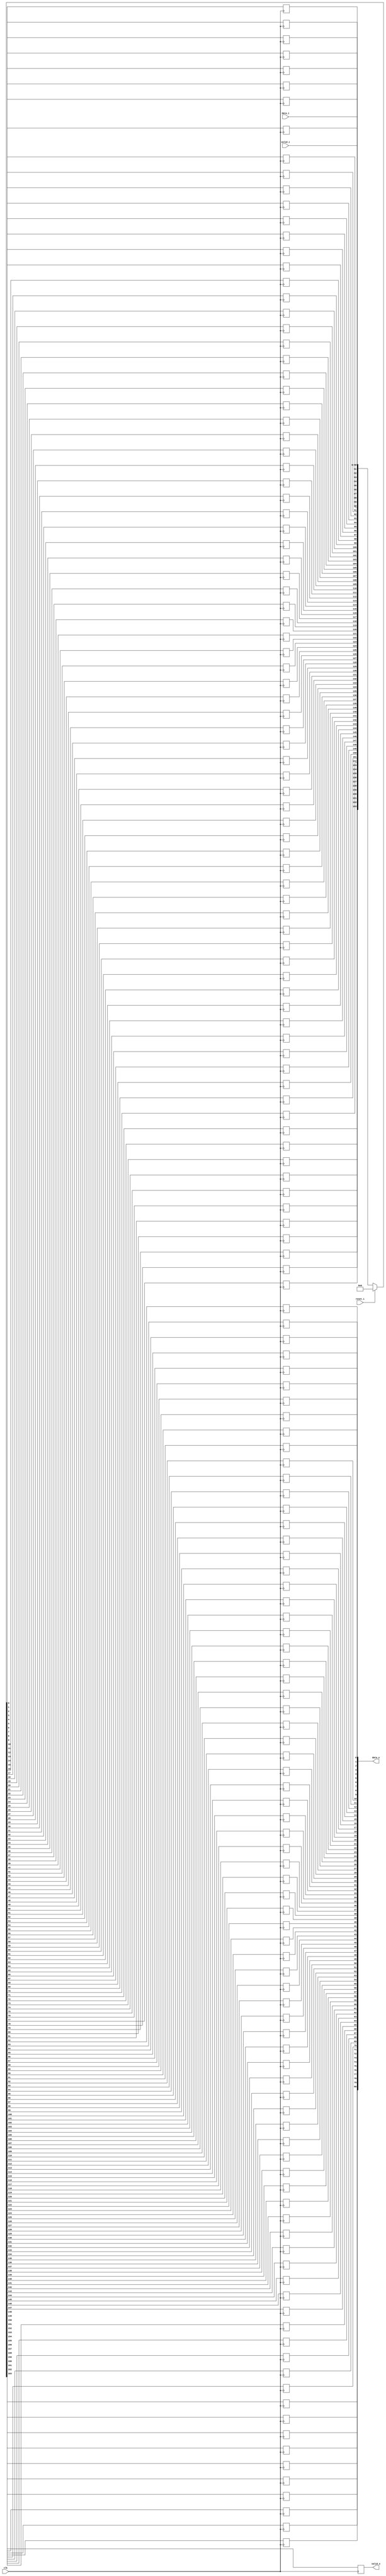
module bsg_shift_reg_width_p81_stages_p2
(
  clk,
  reset_i,
  valid_i,
  data_i,
  valid_o,
  data_o
);

  input [80:0] data_i;
  output [80:0] data_o;
  input clk;
  input reset_i;
  input valid_i;
  output valid_o;
  wire [80:0] data_o;
  wire valid_o,N0,N1,N2,shift_r_0__81_,shift_r_0__80_,shift_r_0__79_,shift_r_0__78_,
  shift_r_0__77_,shift_r_0__76_,shift_r_0__75_,shift_r_0__74_,shift_r_0__73_,
  shift_r_0__72_,shift_r_0__71_,shift_r_0__70_,shift_r_0__69_,shift_r_0__68_,
  shift_r_0__67_,shift_r_0__66_,shift_r_0__65_,shift_r_0__64_,shift_r_0__63_,shift_r_0__62_,
  shift_r_0__61_,shift_r_0__60_,shift_r_0__59_,shift_r_0__58_,shift_r_0__57_,
  shift_r_0__56_,shift_r_0__55_,shift_r_0__54_,shift_r_0__53_,shift_r_0__52_,
  shift_r_0__51_,shift_r_0__50_,shift_r_0__49_,shift_r_0__48_,shift_r_0__47_,shift_r_0__46_,
  shift_r_0__45_,shift_r_0__44_,shift_r_0__43_,shift_r_0__42_,shift_r_0__41_,
  shift_r_0__40_,shift_r_0__39_,shift_r_0__38_,shift_r_0__37_,shift_r_0__36_,
  shift_r_0__35_,shift_r_0__34_,shift_r_0__33_,shift_r_0__32_,shift_r_0__31_,shift_r_0__30_,
  shift_r_0__29_,shift_r_0__28_,shift_r_0__27_,shift_r_0__26_,shift_r_0__25_,
  shift_r_0__24_,shift_r_0__23_,shift_r_0__22_,shift_r_0__21_,shift_r_0__20_,
  shift_r_0__19_,shift_r_0__18_,shift_r_0__17_,shift_r_0__16_,shift_r_0__15_,shift_r_0__14_,
  shift_r_0__13_,shift_r_0__12_,shift_r_0__11_,shift_r_0__10_,shift_r_0__9_,
  shift_r_0__8_,shift_r_0__7_,shift_r_0__6_,shift_r_0__5_,shift_r_0__4_,shift_r_0__3_,
  shift_r_0__2_,shift_r_0__1_,shift_r_0__0_,N3,N4,N5,N6,N7,N8,N9,N10,N11,N12,N13,N14,
  N15,N16,N17,N18,N19,N20,N21,N22,N23,N24,N25,N26,N27,N28,N29,N30,N31,N32,N33,N34,
  N35,N36,N37,N38,N39,N40,N41,N42,N43,N44,N45,N46,N47,N48,N49,N50,N51,N52,N53,N54,
  N55,N56,N57,N58,N59,N60,N61,N62,N63,N64,N65,N66,N67,N68,N69,N70,N71,N72,N73,N74,
  N75,N76,N77,N78,N79,N80,N81,N82,N83,N84,N85,N86,N87,N88,N89,N90,N91,N92,N93,N94,
  N95,N96,N97,N98,N99,N100,N101,N102,N103,N104,N105,N106,N107,N108,N109,N110,N111,
  N112,N113,N114,N115,N116,N117,N118,N119,N120,N121,N122,N123,N124,N125,N126,N127,
  N128,N129,N130,N131,N132,N133,N134,N135,N136,N137,N138,N139,N140,N141,N142,N143,
  N144,N145,N146,N147,N148,N149,N150,N151,N152,N153,N154,N155,N156,N157,N158,N159,
  N160,N161,N162,N163,N164,N165,N166;
  reg valid_o_sv2v_reg,data_o_80_sv2v_reg,data_o_79_sv2v_reg,data_o_78_sv2v_reg,
  data_o_77_sv2v_reg,data_o_76_sv2v_reg,data_o_75_sv2v_reg,data_o_74_sv2v_reg,
  data_o_73_sv2v_reg,data_o_72_sv2v_reg,data_o_71_sv2v_reg,data_o_70_sv2v_reg,
  data_o_69_sv2v_reg,data_o_68_sv2v_reg,data_o_67_sv2v_reg,data_o_66_sv2v_reg,
  data_o_65_sv2v_reg,data_o_64_sv2v_reg,data_o_63_sv2v_reg,data_o_62_sv2v_reg,data_o_61_sv2v_reg,
  data_o_60_sv2v_reg,data_o_59_sv2v_reg,data_o_58_sv2v_reg,data_o_57_sv2v_reg,
  data_o_56_sv2v_reg,data_o_55_sv2v_reg,data_o_54_sv2v_reg,data_o_53_sv2v_reg,
  data_o_52_sv2v_reg,data_o_51_sv2v_reg,data_o_50_sv2v_reg,data_o_49_sv2v_reg,
  data_o_48_sv2v_reg,data_o_47_sv2v_reg,data_o_46_sv2v_reg,data_o_45_sv2v_reg,data_o_44_sv2v_reg,
  data_o_43_sv2v_reg,data_o_42_sv2v_reg,data_o_41_sv2v_reg,data_o_40_sv2v_reg,
  data_o_39_sv2v_reg,data_o_38_sv2v_reg,data_o_37_sv2v_reg,data_o_36_sv2v_reg,
  data_o_35_sv2v_reg,data_o_34_sv2v_reg,data_o_33_sv2v_reg,data_o_32_sv2v_reg,
  data_o_31_sv2v_reg,data_o_30_sv2v_reg,data_o_29_sv2v_reg,data_o_28_sv2v_reg,
  data_o_27_sv2v_reg,data_o_26_sv2v_reg,data_o_25_sv2v_reg,data_o_24_sv2v_reg,data_o_23_sv2v_reg,
  data_o_22_sv2v_reg,data_o_21_sv2v_reg,data_o_20_sv2v_reg,data_o_19_sv2v_reg,
  data_o_18_sv2v_reg,data_o_17_sv2v_reg,data_o_16_sv2v_reg,data_o_15_sv2v_reg,
  data_o_14_sv2v_reg,data_o_13_sv2v_reg,data_o_12_sv2v_reg,data_o_11_sv2v_reg,
  data_o_10_sv2v_reg,data_o_9_sv2v_reg,data_o_8_sv2v_reg,data_o_7_sv2v_reg,data_o_6_sv2v_reg,
  data_o_5_sv2v_reg,data_o_4_sv2v_reg,data_o_3_sv2v_reg,data_o_2_sv2v_reg,
  data_o_1_sv2v_reg,data_o_0_sv2v_reg,shift_r_0__81__sv2v_reg,shift_r_0__80__sv2v_reg,
  shift_r_0__79__sv2v_reg,shift_r_0__78__sv2v_reg,shift_r_0__77__sv2v_reg,
  shift_r_0__76__sv2v_reg,shift_r_0__75__sv2v_reg,shift_r_0__74__sv2v_reg,
  shift_r_0__73__sv2v_reg,shift_r_0__72__sv2v_reg,shift_r_0__71__sv2v_reg,shift_r_0__70__sv2v_reg,
  shift_r_0__69__sv2v_reg,shift_r_0__68__sv2v_reg,shift_r_0__67__sv2v_reg,
  shift_r_0__66__sv2v_reg,shift_r_0__65__sv2v_reg,shift_r_0__64__sv2v_reg,
  shift_r_0__63__sv2v_reg,shift_r_0__62__sv2v_reg,shift_r_0__61__sv2v_reg,shift_r_0__60__sv2v_reg,
  shift_r_0__59__sv2v_reg,shift_r_0__58__sv2v_reg,shift_r_0__57__sv2v_reg,
  shift_r_0__56__sv2v_reg,shift_r_0__55__sv2v_reg,shift_r_0__54__sv2v_reg,
  shift_r_0__53__sv2v_reg,shift_r_0__52__sv2v_reg,shift_r_0__51__sv2v_reg,shift_r_0__50__sv2v_reg,
  shift_r_0__49__sv2v_reg,shift_r_0__48__sv2v_reg,shift_r_0__47__sv2v_reg,
  shift_r_0__46__sv2v_reg,shift_r_0__45__sv2v_reg,shift_r_0__44__sv2v_reg,
  shift_r_0__43__sv2v_reg,shift_r_0__42__sv2v_reg,shift_r_0__41__sv2v_reg,shift_r_0__40__sv2v_reg,
  shift_r_0__39__sv2v_reg,shift_r_0__38__sv2v_reg,shift_r_0__37__sv2v_reg,
  shift_r_0__36__sv2v_reg,shift_r_0__35__sv2v_reg,shift_r_0__34__sv2v_reg,
  shift_r_0__33__sv2v_reg,shift_r_0__32__sv2v_reg,shift_r_0__31__sv2v_reg,shift_r_0__30__sv2v_reg,
  shift_r_0__29__sv2v_reg,shift_r_0__28__sv2v_reg,shift_r_0__27__sv2v_reg,
  shift_r_0__26__sv2v_reg,shift_r_0__25__sv2v_reg,shift_r_0__24__sv2v_reg,
  shift_r_0__23__sv2v_reg,shift_r_0__22__sv2v_reg,shift_r_0__21__sv2v_reg,shift_r_0__20__sv2v_reg,
  shift_r_0__19__sv2v_reg,shift_r_0__18__sv2v_reg,shift_r_0__17__sv2v_reg,
  shift_r_0__16__sv2v_reg,shift_r_0__15__sv2v_reg,shift_r_0__14__sv2v_reg,
  shift_r_0__13__sv2v_reg,shift_r_0__12__sv2v_reg,shift_r_0__11__sv2v_reg,shift_r_0__10__sv2v_reg,
  shift_r_0__9__sv2v_reg,shift_r_0__8__sv2v_reg,shift_r_0__7__sv2v_reg,
  shift_r_0__6__sv2v_reg,shift_r_0__5__sv2v_reg,shift_r_0__4__sv2v_reg,shift_r_0__3__sv2v_reg,
  shift_r_0__2__sv2v_reg,shift_r_0__1__sv2v_reg,shift_r_0__0__sv2v_reg;
  assign valid_o = valid_o_sv2v_reg;
  assign data_o[80] = data_o_80_sv2v_reg;
  assign data_o[79] = data_o_79_sv2v_reg;
  assign data_o[78] = data_o_78_sv2v_reg;
  assign data_o[77] = data_o_77_sv2v_reg;
  assign data_o[76] = data_o_76_sv2v_reg;
  assign data_o[75] = data_o_75_sv2v_reg;
  assign data_o[74] = data_o_74_sv2v_reg;
  assign data_o[73] = data_o_73_sv2v_reg;
  assign data_o[72] = data_o_72_sv2v_reg;
  assign data_o[71] = data_o_71_sv2v_reg;
  assign data_o[70] = data_o_70_sv2v_reg;
  assign data_o[69] = data_o_69_sv2v_reg;
  assign data_o[68] = data_o_68_sv2v_reg;
  assign data_o[67] = data_o_67_sv2v_reg;
  assign data_o[66] = data_o_66_sv2v_reg;
  assign data_o[65] = data_o_65_sv2v_reg;
  assign data_o[64] = data_o_64_sv2v_reg;
  assign data_o[63] = data_o_63_sv2v_reg;
  assign data_o[62] = data_o_62_sv2v_reg;
  assign data_o[61] = data_o_61_sv2v_reg;
  assign data_o[60] = data_o_60_sv2v_reg;
  assign data_o[59] = data_o_59_sv2v_reg;
  assign data_o[58] = data_o_58_sv2v_reg;
  assign data_o[57] = data_o_57_sv2v_reg;
  assign data_o[56] = data_o_56_sv2v_reg;
  assign data_o[55] = data_o_55_sv2v_reg;
  assign data_o[54] = data_o_54_sv2v_reg;
  assign data_o[53] = data_o_53_sv2v_reg;
  assign data_o[52] = data_o_52_sv2v_reg;
  assign data_o[51] = data_o_51_sv2v_reg;
  assign data_o[50] = data_o_50_sv2v_reg;
  assign data_o[49] = data_o_49_sv2v_reg;
  assign data_o[48] = data_o_48_sv2v_reg;
  assign data_o[47] = data_o_47_sv2v_reg;
  assign data_o[46] = data_o_46_sv2v_reg;
  assign data_o[45] = data_o_45_sv2v_reg;
  assign data_o[44] = data_o_44_sv2v_reg;
  assign data_o[43] = data_o_43_sv2v_reg;
  assign data_o[42] = data_o_42_sv2v_reg;
  assign data_o[41] = data_o_41_sv2v_reg;
  assign data_o[40] = data_o_40_sv2v_reg;
  assign data_o[39] = data_o_39_sv2v_reg;
  assign data_o[38] = data_o_38_sv2v_reg;
  assign data_o[37] = data_o_37_sv2v_reg;
  assign data_o[36] = data_o_36_sv2v_reg;
  assign data_o[35] = data_o_35_sv2v_reg;
  assign data_o[34] = data_o_34_sv2v_reg;
  assign data_o[33] = data_o_33_sv2v_reg;
  assign data_o[32] = data_o_32_sv2v_reg;
  assign data_o[31] = data_o_31_sv2v_reg;
  assign data_o[30] = data_o_30_sv2v_reg;
  assign data_o[29] = data_o_29_sv2v_reg;
  assign data_o[28] = data_o_28_sv2v_reg;
  assign data_o[27] = data_o_27_sv2v_reg;
  assign data_o[26] = data_o_26_sv2v_reg;
  assign data_o[25] = data_o_25_sv2v_reg;
  assign data_o[24] = data_o_24_sv2v_reg;
  assign data_o[23] = data_o_23_sv2v_reg;
  assign data_o[22] = data_o_22_sv2v_reg;
  assign data_o[21] = data_o_21_sv2v_reg;
  assign data_o[20] = data_o_20_sv2v_reg;
  assign data_o[19] = data_o_19_sv2v_reg;
  assign data_o[18] = data_o_18_sv2v_reg;
  assign data_o[17] = data_o_17_sv2v_reg;
  assign data_o[16] = data_o_16_sv2v_reg;
  assign data_o[15] = data_o_15_sv2v_reg;
  assign data_o[14] = data_o_14_sv2v_reg;
  assign data_o[13] = data_o_13_sv2v_reg;
  assign data_o[12] = data_o_12_sv2v_reg;
  assign data_o[11] = data_o_11_sv2v_reg;
  assign data_o[10] = data_o_10_sv2v_reg;
  assign data_o[9] = data_o_9_sv2v_reg;
  assign data_o[8] = data_o_8_sv2v_reg;
  assign data_o[7] = data_o_7_sv2v_reg;
  assign data_o[6] = data_o_6_sv2v_reg;
  assign data_o[5] = data_o_5_sv2v_reg;
  assign data_o[4] = data_o_4_sv2v_reg;
  assign data_o[3] = data_o_3_sv2v_reg;
  assign data_o[2] = data_o_2_sv2v_reg;
  assign data_o[1] = data_o_1_sv2v_reg;
  assign data_o[0] = data_o_0_sv2v_reg;
  assign shift_r_0__81_ = shift_r_0__81__sv2v_reg;
  assign shift_r_0__80_ = shift_r_0__80__sv2v_reg;
  assign shift_r_0__79_ = shift_r_0__79__sv2v_reg;
  assign shift_r_0__78_ = shift_r_0__78__sv2v_reg;
  assign shift_r_0__77_ = shift_r_0__77__sv2v_reg;
  assign shift_r_0__76_ = shift_r_0__76__sv2v_reg;
  assign shift_r_0__75_ = shift_r_0__75__sv2v_reg;
  assign shift_r_0__74_ = shift_r_0__74__sv2v_reg;
  assign shift_r_0__73_ = shift_r_0__73__sv2v_reg;
  assign shift_r_0__72_ = shift_r_0__72__sv2v_reg;
  assign shift_r_0__71_ = shift_r_0__71__sv2v_reg;
  assign shift_r_0__70_ = shift_r_0__70__sv2v_reg;
  assign shift_r_0__69_ = shift_r_0__69__sv2v_reg;
  assign shift_r_0__68_ = shift_r_0__68__sv2v_reg;
  assign shift_r_0__67_ = shift_r_0__67__sv2v_reg;
  assign shift_r_0__66_ = shift_r_0__66__sv2v_reg;
  assign shift_r_0__65_ = shift_r_0__65__sv2v_reg;
  assign shift_r_0__64_ = shift_r_0__64__sv2v_reg;
  assign shift_r_0__63_ = shift_r_0__63__sv2v_reg;
  assign shift_r_0__62_ = shift_r_0__62__sv2v_reg;
  assign shift_r_0__61_ = shift_r_0__61__sv2v_reg;
  assign shift_r_0__60_ = shift_r_0__60__sv2v_reg;
  assign shift_r_0__59_ = shift_r_0__59__sv2v_reg;
  assign shift_r_0__58_ = shift_r_0__58__sv2v_reg;
  assign shift_r_0__57_ = shift_r_0__57__sv2v_reg;
  assign shift_r_0__56_ = shift_r_0__56__sv2v_reg;
  assign shift_r_0__55_ = shift_r_0__55__sv2v_reg;
  assign shift_r_0__54_ = shift_r_0__54__sv2v_reg;
  assign shift_r_0__53_ = shift_r_0__53__sv2v_reg;
  assign shift_r_0__52_ = shift_r_0__52__sv2v_reg;
  assign shift_r_0__51_ = shift_r_0__51__sv2v_reg;
  assign shift_r_0__50_ = shift_r_0__50__sv2v_reg;
  assign shift_r_0__49_ = shift_r_0__49__sv2v_reg;
  assign shift_r_0__48_ = shift_r_0__48__sv2v_reg;
  assign shift_r_0__47_ = shift_r_0__47__sv2v_reg;
  assign shift_r_0__46_ = shift_r_0__46__sv2v_reg;
  assign shift_r_0__45_ = shift_r_0__45__sv2v_reg;
  assign shift_r_0__44_ = shift_r_0__44__sv2v_reg;
  assign shift_r_0__43_ = shift_r_0__43__sv2v_reg;
  assign shift_r_0__42_ = shift_r_0__42__sv2v_reg;
  assign shift_r_0__41_ = shift_r_0__41__sv2v_reg;
  assign shift_r_0__40_ = shift_r_0__40__sv2v_reg;
  assign shift_r_0__39_ = shift_r_0__39__sv2v_reg;
  assign shift_r_0__38_ = shift_r_0__38__sv2v_reg;
  assign shift_r_0__37_ = shift_r_0__37__sv2v_reg;
  assign shift_r_0__36_ = shift_r_0__36__sv2v_reg;
  assign shift_r_0__35_ = shift_r_0__35__sv2v_reg;
  assign shift_r_0__34_ = shift_r_0__34__sv2v_reg;
  assign shift_r_0__33_ = shift_r_0__33__sv2v_reg;
  assign shift_r_0__32_ = shift_r_0__32__sv2v_reg;
  assign shift_r_0__31_ = shift_r_0__31__sv2v_reg;
  assign shift_r_0__30_ = shift_r_0__30__sv2v_reg;
  assign shift_r_0__29_ = shift_r_0__29__sv2v_reg;
  assign shift_r_0__28_ = shift_r_0__28__sv2v_reg;
  assign shift_r_0__27_ = shift_r_0__27__sv2v_reg;
  assign shift_r_0__26_ = shift_r_0__26__sv2v_reg;
  assign shift_r_0__25_ = shift_r_0__25__sv2v_reg;
  assign shift_r_0__24_ = shift_r_0__24__sv2v_reg;
  assign shift_r_0__23_ = shift_r_0__23__sv2v_reg;
  assign shift_r_0__22_ = shift_r_0__22__sv2v_reg;
  assign shift_r_0__21_ = shift_r_0__21__sv2v_reg;
  assign shift_r_0__20_ = shift_r_0__20__sv2v_reg;
  assign shift_r_0__19_ = shift_r_0__19__sv2v_reg;
  assign shift_r_0__18_ = shift_r_0__18__sv2v_reg;
  assign shift_r_0__17_ = shift_r_0__17__sv2v_reg;
  assign shift_r_0__16_ = shift_r_0__16__sv2v_reg;
  assign shift_r_0__15_ = shift_r_0__15__sv2v_reg;
  assign shift_r_0__14_ = shift_r_0__14__sv2v_reg;
  assign shift_r_0__13_ = shift_r_0__13__sv2v_reg;
  assign shift_r_0__12_ = shift_r_0__12__sv2v_reg;
  assign shift_r_0__11_ = shift_r_0__11__sv2v_reg;
  assign shift_r_0__10_ = shift_r_0__10__sv2v_reg;
  assign shift_r_0__9_ = shift_r_0__9__sv2v_reg;
  assign shift_r_0__8_ = shift_r_0__8__sv2v_reg;
  assign shift_r_0__7_ = shift_r_0__7__sv2v_reg;
  assign shift_r_0__6_ = shift_r_0__6__sv2v_reg;
  assign shift_r_0__5_ = shift_r_0__5__sv2v_reg;
  assign shift_r_0__4_ = shift_r_0__4__sv2v_reg;
  assign shift_r_0__3_ = shift_r_0__3__sv2v_reg;
  assign shift_r_0__2_ = shift_r_0__2__sv2v_reg;
  assign shift_r_0__1_ = shift_r_0__1__sv2v_reg;
  assign shift_r_0__0_ = shift_r_0__0__sv2v_reg;

  always @(posedge clk) begin
    if(1'b1) begin
      valid_o_sv2v_reg <= N166;
    end 
  end


  always @(posedge clk) begin
    if(1'b1) begin
      data_o_80_sv2v_reg <= N165;
    end 
  end


  always @(posedge clk) begin
    if(1'b1) begin
      data_o_79_sv2v_reg <= N164;
    end 
  end


  always @(posedge clk) begin
    if(1'b1) begin
      data_o_78_sv2v_reg <= N163;
    end 
  end


  always @(posedge clk) begin
    if(1'b1) begin
      data_o_77_sv2v_reg <= N162;
    end 
  end


  always @(posedge clk) begin
    if(1'b1) begin
      data_o_76_sv2v_reg <= N161;
    end 
  end


  always @(posedge clk) begin
    if(1'b1) begin
      data_o_75_sv2v_reg <= N160;
    end 
  end


  always @(posedge clk) begin
    if(1'b1) begin
      data_o_74_sv2v_reg <= N159;
    end 
  end


  always @(posedge clk) begin
    if(1'b1) begin
      data_o_73_sv2v_reg <= N158;
    end 
  end


  always @(posedge clk) begin
    if(1'b1) begin
      data_o_72_sv2v_reg <= N157;
    end 
  end


  always @(posedge clk) begin
    if(1'b1) begin
      data_o_71_sv2v_reg <= N156;
    end 
  end


  always @(posedge clk) begin
    if(1'b1) begin
      data_o_70_sv2v_reg <= N155;
    end 
  end


  always @(posedge clk) begin
    if(1'b1) begin
      data_o_69_sv2v_reg <= N154;
    end 
  end


  always @(posedge clk) begin
    if(1'b1) begin
      data_o_68_sv2v_reg <= N153;
    end 
  end


  always @(posedge clk) begin
    if(1'b1) begin
      data_o_67_sv2v_reg <= N152;
    end 
  end


  always @(posedge clk) begin
    if(1'b1) begin
      data_o_66_sv2v_reg <= N151;
    end 
  end


  always @(posedge clk) begin
    if(1'b1) begin
      data_o_65_sv2v_reg <= N150;
    end 
  end


  always @(posedge clk) begin
    if(1'b1) begin
      data_o_64_sv2v_reg <= N149;
    end 
  end


  always @(posedge clk) begin
    if(1'b1) begin
      data_o_63_sv2v_reg <= N148;
    end 
  end


  always @(posedge clk) begin
    if(1'b1) begin
      data_o_62_sv2v_reg <= N147;
    end 
  end


  always @(posedge clk) begin
    if(1'b1) begin
      data_o_61_sv2v_reg <= N146;
    end 
  end


  always @(posedge clk) begin
    if(1'b1) begin
      data_o_60_sv2v_reg <= N145;
    end 
  end


  always @(posedge clk) begin
    if(1'b1) begin
      data_o_59_sv2v_reg <= N144;
    end 
  end


  always @(posedge clk) begin
    if(1'b1) begin
      data_o_58_sv2v_reg <= N143;
    end 
  end


  always @(posedge clk) begin
    if(1'b1) begin
      data_o_57_sv2v_reg <= N142;
    end 
  end


  always @(posedge clk) begin
    if(1'b1) begin
      data_o_56_sv2v_reg <= N141;
    end 
  end


  always @(posedge clk) begin
    if(1'b1) begin
      data_o_55_sv2v_reg <= N140;
    end 
  end


  always @(posedge clk) begin
    if(1'b1) begin
      data_o_54_sv2v_reg <= N139;
    end 
  end


  always @(posedge clk) begin
    if(1'b1) begin
      data_o_53_sv2v_reg <= N138;
    end 
  end


  always @(posedge clk) begin
    if(1'b1) begin
      data_o_52_sv2v_reg <= N137;
    end 
  end


  always @(posedge clk) begin
    if(1'b1) begin
      data_o_51_sv2v_reg <= N136;
    end 
  end


  always @(posedge clk) begin
    if(1'b1) begin
      data_o_50_sv2v_reg <= N135;
    end 
  end


  always @(posedge clk) begin
    if(1'b1) begin
      data_o_49_sv2v_reg <= N134;
    end 
  end


  always @(posedge clk) begin
    if(1'b1) begin
      data_o_48_sv2v_reg <= N133;
    end 
  end


  always @(posedge clk) begin
    if(1'b1) begin
      data_o_47_sv2v_reg <= N132;
    end 
  end


  always @(posedge clk) begin
    if(1'b1) begin
      data_o_46_sv2v_reg <= N131;
    end 
  end


  always @(posedge clk) begin
    if(1'b1) begin
      data_o_45_sv2v_reg <= N130;
    end 
  end


  always @(posedge clk) begin
    if(1'b1) begin
      data_o_44_sv2v_reg <= N129;
    end 
  end


  always @(posedge clk) begin
    if(1'b1) begin
      data_o_43_sv2v_reg <= N128;
    end 
  end


  always @(posedge clk) begin
    if(1'b1) begin
      data_o_42_sv2v_reg <= N127;
    end 
  end


  always @(posedge clk) begin
    if(1'b1) begin
      data_o_41_sv2v_reg <= N126;
    end 
  end


  always @(posedge clk) begin
    if(1'b1) begin
      data_o_40_sv2v_reg <= N125;
    end 
  end


  always @(posedge clk) begin
    if(1'b1) begin
      data_o_39_sv2v_reg <= N124;
    end 
  end


  always @(posedge clk) begin
    if(1'b1) begin
      data_o_38_sv2v_reg <= N123;
    end 
  end


  always @(posedge clk) begin
    if(1'b1) begin
      data_o_37_sv2v_reg <= N122;
    end 
  end


  always @(posedge clk) begin
    if(1'b1) begin
      data_o_36_sv2v_reg <= N121;
    end 
  end


  always @(posedge clk) begin
    if(1'b1) begin
      data_o_35_sv2v_reg <= N120;
    end 
  end


  always @(posedge clk) begin
    if(1'b1) begin
      data_o_34_sv2v_reg <= N119;
    end 
  end


  always @(posedge clk) begin
    if(1'b1) begin
      data_o_33_sv2v_reg <= N118;
    end 
  end


  always @(posedge clk) begin
    if(1'b1) begin
      data_o_32_sv2v_reg <= N117;
    end 
  end


  always @(posedge clk) begin
    if(1'b1) begin
      data_o_31_sv2v_reg <= N116;
    end 
  end


  always @(posedge clk) begin
    if(1'b1) begin
      data_o_30_sv2v_reg <= N115;
    end 
  end


  always @(posedge clk) begin
    if(1'b1) begin
      data_o_29_sv2v_reg <= N114;
    end 
  end


  always @(posedge clk) begin
    if(1'b1) begin
      data_o_28_sv2v_reg <= N113;
    end 
  end


  always @(posedge clk) begin
    if(1'b1) begin
      data_o_27_sv2v_reg <= N112;
    end 
  end


  always @(posedge clk) begin
    if(1'b1) begin
      data_o_26_sv2v_reg <= N111;
    end 
  end


  always @(posedge clk) begin
    if(1'b1) begin
      data_o_25_sv2v_reg <= N110;
    end 
  end


  always @(posedge clk) begin
    if(1'b1) begin
      data_o_24_sv2v_reg <= N109;
    end 
  end


  always @(posedge clk) begin
    if(1'b1) begin
      data_o_23_sv2v_reg <= N108;
    end 
  end


  always @(posedge clk) begin
    if(1'b1) begin
      data_o_22_sv2v_reg <= N107;
    end 
  end


  always @(posedge clk) begin
    if(1'b1) begin
      data_o_21_sv2v_reg <= N106;
    end 
  end


  always @(posedge clk) begin
    if(1'b1) begin
      data_o_20_sv2v_reg <= N105;
    end 
  end


  always @(posedge clk) begin
    if(1'b1) begin
      data_o_19_sv2v_reg <= N104;
    end 
  end


  always @(posedge clk) begin
    if(1'b1) begin
      data_o_18_sv2v_reg <= N103;
    end 
  end


  always @(posedge clk) begin
    if(1'b1) begin
      data_o_17_sv2v_reg <= N102;
    end 
  end


  always @(posedge clk) begin
    if(1'b1) begin
      data_o_16_sv2v_reg <= N101;
    end 
  end


  always @(posedge clk) begin
    if(1'b1) begin
      data_o_15_sv2v_reg <= N100;
    end 
  end


  always @(posedge clk) begin
    if(1'b1) begin
      data_o_14_sv2v_reg <= N99;
    end 
  end


  always @(posedge clk) begin
    if(1'b1) begin
      data_o_13_sv2v_reg <= N98;
    end 
  end


  always @(posedge clk) begin
    if(1'b1) begin
      data_o_12_sv2v_reg <= N97;
    end 
  end


  always @(posedge clk) begin
    if(1'b1) begin
      data_o_11_sv2v_reg <= N96;
    end 
  end


  always @(posedge clk) begin
    if(1'b1) begin
      data_o_10_sv2v_reg <= N95;
    end 
  end


  always @(posedge clk) begin
    if(1'b1) begin
      data_o_9_sv2v_reg <= N94;
    end 
  end


  always @(posedge clk) begin
    if(1'b1) begin
      data_o_8_sv2v_reg <= N93;
    end 
  end


  always @(posedge clk) begin
    if(1'b1) begin
      data_o_7_sv2v_reg <= N92;
    end 
  end


  always @(posedge clk) begin
    if(1'b1) begin
      data_o_6_sv2v_reg <= N91;
    end 
  end


  always @(posedge clk) begin
    if(1'b1) begin
      data_o_5_sv2v_reg <= N90;
    end 
  end


  always @(posedge clk) begin
    if(1'b1) begin
      data_o_4_sv2v_reg <= N89;
    end 
  end


  always @(posedge clk) begin
    if(1'b1) begin
      data_o_3_sv2v_reg <= N88;
    end 
  end


  always @(posedge clk) begin
    if(1'b1) begin
      data_o_2_sv2v_reg <= N87;
    end 
  end


  always @(posedge clk) begin
    if(1'b1) begin
      data_o_1_sv2v_reg <= N86;
    end 
  end


  always @(posedge clk) begin
    if(1'b1) begin
      data_o_0_sv2v_reg <= N85;
    end 
  end


  always @(posedge clk) begin
    if(1'b1) begin
      shift_r_0__81__sv2v_reg <= N84;
    end 
  end


  always @(posedge clk) begin
    if(1'b1) begin
      shift_r_0__80__sv2v_reg <= N83;
    end 
  end


  always @(posedge clk) begin
    if(1'b1) begin
      shift_r_0__79__sv2v_reg <= N82;
    end 
  end


  always @(posedge clk) begin
    if(1'b1) begin
      shift_r_0__78__sv2v_reg <= N81;
    end 
  end


  always @(posedge clk) begin
    if(1'b1) begin
      shift_r_0__77__sv2v_reg <= N80;
    end 
  end


  always @(posedge clk) begin
    if(1'b1) begin
      shift_r_0__76__sv2v_reg <= N79;
    end 
  end


  always @(posedge clk) begin
    if(1'b1) begin
      shift_r_0__75__sv2v_reg <= N78;
    end 
  end


  always @(posedge clk) begin
    if(1'b1) begin
      shift_r_0__74__sv2v_reg <= N77;
    end 
  end


  always @(posedge clk) begin
    if(1'b1) begin
      shift_r_0__73__sv2v_reg <= N76;
    end 
  end


  always @(posedge clk) begin
    if(1'b1) begin
      shift_r_0__72__sv2v_reg <= N75;
    end 
  end


  always @(posedge clk) begin
    if(1'b1) begin
      shift_r_0__71__sv2v_reg <= N74;
    end 
  end


  always @(posedge clk) begin
    if(1'b1) begin
      shift_r_0__70__sv2v_reg <= N73;
    end 
  end


  always @(posedge clk) begin
    if(1'b1) begin
      shift_r_0__69__sv2v_reg <= N72;
    end 
  end


  always @(posedge clk) begin
    if(1'b1) begin
      shift_r_0__68__sv2v_reg <= N71;
    end 
  end


  always @(posedge clk) begin
    if(1'b1) begin
      shift_r_0__67__sv2v_reg <= N70;
    end 
  end


  always @(posedge clk) begin
    if(1'b1) begin
      shift_r_0__66__sv2v_reg <= N69;
    end 
  end


  always @(posedge clk) begin
    if(1'b1) begin
      shift_r_0__65__sv2v_reg <= N68;
    end 
  end


  always @(posedge clk) begin
    if(1'b1) begin
      shift_r_0__64__sv2v_reg <= N67;
    end 
  end


  always @(posedge clk) begin
    if(1'b1) begin
      shift_r_0__63__sv2v_reg <= N66;
    end 
  end


  always @(posedge clk) begin
    if(1'b1) begin
      shift_r_0__62__sv2v_reg <= N65;
    end 
  end


  always @(posedge clk) begin
    if(1'b1) begin
      shift_r_0__61__sv2v_reg <= N64;
    end 
  end


  always @(posedge clk) begin
    if(1'b1) begin
      shift_r_0__60__sv2v_reg <= N63;
    end 
  end


  always @(posedge clk) begin
    if(1'b1) begin
      shift_r_0__59__sv2v_reg <= N62;
    end 
  end


  always @(posedge clk) begin
    if(1'b1) begin
      shift_r_0__58__sv2v_reg <= N61;
    end 
  end


  always @(posedge clk) begin
    if(1'b1) begin
      shift_r_0__57__sv2v_reg <= N60;
    end 
  end


  always @(posedge clk) begin
    if(1'b1) begin
      shift_r_0__56__sv2v_reg <= N59;
    end 
  end


  always @(posedge clk) begin
    if(1'b1) begin
      shift_r_0__55__sv2v_reg <= N58;
    end 
  end


  always @(posedge clk) begin
    if(1'b1) begin
      shift_r_0__54__sv2v_reg <= N57;
    end 
  end


  always @(posedge clk) begin
    if(1'b1) begin
      shift_r_0__53__sv2v_reg <= N56;
    end 
  end


  always @(posedge clk) begin
    if(1'b1) begin
      shift_r_0__52__sv2v_reg <= N55;
    end 
  end


  always @(posedge clk) begin
    if(1'b1) begin
      shift_r_0__51__sv2v_reg <= N54;
    end 
  end


  always @(posedge clk) begin
    if(1'b1) begin
      shift_r_0__50__sv2v_reg <= N53;
    end 
  end


  always @(posedge clk) begin
    if(1'b1) begin
      shift_r_0__49__sv2v_reg <= N52;
    end 
  end


  always @(posedge clk) begin
    if(1'b1) begin
      shift_r_0__48__sv2v_reg <= N51;
    end 
  end


  always @(posedge clk) begin
    if(1'b1) begin
      shift_r_0__47__sv2v_reg <= N50;
    end 
  end


  always @(posedge clk) begin
    if(1'b1) begin
      shift_r_0__46__sv2v_reg <= N49;
    end 
  end


  always @(posedge clk) begin
    if(1'b1) begin
      shift_r_0__45__sv2v_reg <= N48;
    end 
  end


  always @(posedge clk) begin
    if(1'b1) begin
      shift_r_0__44__sv2v_reg <= N47;
    end 
  end


  always @(posedge clk) begin
    if(1'b1) begin
      shift_r_0__43__sv2v_reg <= N46;
    end 
  end


  always @(posedge clk) begin
    if(1'b1) begin
      shift_r_0__42__sv2v_reg <= N45;
    end 
  end


  always @(posedge clk) begin
    if(1'b1) begin
      shift_r_0__41__sv2v_reg <= N44;
    end 
  end


  always @(posedge clk) begin
    if(1'b1) begin
      shift_r_0__40__sv2v_reg <= N43;
    end 
  end


  always @(posedge clk) begin
    if(1'b1) begin
      shift_r_0__39__sv2v_reg <= N42;
    end 
  end


  always @(posedge clk) begin
    if(1'b1) begin
      shift_r_0__38__sv2v_reg <= N41;
    end 
  end


  always @(posedge clk) begin
    if(1'b1) begin
      shift_r_0__37__sv2v_reg <= N40;
    end 
  end


  always @(posedge clk) begin
    if(1'b1) begin
      shift_r_0__36__sv2v_reg <= N39;
    end 
  end


  always @(posedge clk) begin
    if(1'b1) begin
      shift_r_0__35__sv2v_reg <= N38;
    end 
  end


  always @(posedge clk) begin
    if(1'b1) begin
      shift_r_0__34__sv2v_reg <= N37;
    end 
  end


  always @(posedge clk) begin
    if(1'b1) begin
      shift_r_0__33__sv2v_reg <= N36;
    end 
  end


  always @(posedge clk) begin
    if(1'b1) begin
      shift_r_0__32__sv2v_reg <= N35;
    end 
  end


  always @(posedge clk) begin
    if(1'b1) begin
      shift_r_0__31__sv2v_reg <= N34;
    end 
  end


  always @(posedge clk) begin
    if(1'b1) begin
      shift_r_0__30__sv2v_reg <= N33;
    end 
  end


  always @(posedge clk) begin
    if(1'b1) begin
      shift_r_0__29__sv2v_reg <= N32;
    end 
  end


  always @(posedge clk) begin
    if(1'b1) begin
      shift_r_0__28__sv2v_reg <= N31;
    end 
  end


  always @(posedge clk) begin
    if(1'b1) begin
      shift_r_0__27__sv2v_reg <= N30;
    end 
  end


  always @(posedge clk) begin
    if(1'b1) begin
      shift_r_0__26__sv2v_reg <= N29;
    end 
  end


  always @(posedge clk) begin
    if(1'b1) begin
      shift_r_0__25__sv2v_reg <= N28;
    end 
  end


  always @(posedge clk) begin
    if(1'b1) begin
      shift_r_0__24__sv2v_reg <= N27;
    end 
  end


  always @(posedge clk) begin
    if(1'b1) begin
      shift_r_0__23__sv2v_reg <= N26;
    end 
  end


  always @(posedge clk) begin
    if(1'b1) begin
      shift_r_0__22__sv2v_reg <= N25;
    end 
  end


  always @(posedge clk) begin
    if(1'b1) begin
      shift_r_0__21__sv2v_reg <= N24;
    end 
  end


  always @(posedge clk) begin
    if(1'b1) begin
      shift_r_0__20__sv2v_reg <= N23;
    end 
  end


  always @(posedge clk) begin
    if(1'b1) begin
      shift_r_0__19__sv2v_reg <= N22;
    end 
  end


  always @(posedge clk) begin
    if(1'b1) begin
      shift_r_0__18__sv2v_reg <= N21;
    end 
  end


  always @(posedge clk) begin
    if(1'b1) begin
      shift_r_0__17__sv2v_reg <= N20;
    end 
  end


  always @(posedge clk) begin
    if(1'b1) begin
      shift_r_0__16__sv2v_reg <= N19;
    end 
  end


  always @(posedge clk) begin
    if(1'b1) begin
      shift_r_0__15__sv2v_reg <= N18;
    end 
  end


  always @(posedge clk) begin
    if(1'b1) begin
      shift_r_0__14__sv2v_reg <= N17;
    end 
  end


  always @(posedge clk) begin
    if(1'b1) begin
      shift_r_0__13__sv2v_reg <= N16;
    end 
  end


  always @(posedge clk) begin
    if(1'b1) begin
      shift_r_0__12__sv2v_reg <= N15;
    end 
  end


  always @(posedge clk) begin
    if(1'b1) begin
      shift_r_0__11__sv2v_reg <= N14;
    end 
  end


  always @(posedge clk) begin
    if(1'b1) begin
      shift_r_0__10__sv2v_reg <= N13;
    end 
  end


  always @(posedge clk) begin
    if(1'b1) begin
      shift_r_0__9__sv2v_reg <= N12;
    end 
  end


  always @(posedge clk) begin
    if(1'b1) begin
      shift_r_0__8__sv2v_reg <= N11;
    end 
  end


  always @(posedge clk) begin
    if(1'b1) begin
      shift_r_0__7__sv2v_reg <= N10;
    end 
  end


  always @(posedge clk) begin
    if(1'b1) begin
      shift_r_0__6__sv2v_reg <= N9;
    end 
  end


  always @(posedge clk) begin
    if(1'b1) begin
      shift_r_0__5__sv2v_reg <= N8;
    end 
  end


  always @(posedge clk) begin
    if(1'b1) begin
      shift_r_0__4__sv2v_reg <= N7;
    end 
  end


  always @(posedge clk) begin
    if(1'b1) begin
      shift_r_0__3__sv2v_reg <= N6;
    end 
  end


  always @(posedge clk) begin
    if(1'b1) begin
      shift_r_0__2__sv2v_reg <= N5;
    end 
  end


  always @(posedge clk) begin
    if(1'b1) begin
      shift_r_0__1__sv2v_reg <= N4;
    end 
  end


  always @(posedge clk) begin
    if(1'b1) begin
      shift_r_0__0__sv2v_reg <= N3;
    end 
  end

  assign { N166, N165, N164, N163, N162, N161, N160, N159, N158, N157, N156, N155, N154, N153, N152, N151, N150, N149, N148, N147, N146, N145, N144, N143, N142, N141, N140, N139, N138, N137, N136, N135, N134, N133, N132, N131, N130, N129, N128, N127, N126, N125, N124, N123, N122, N121, N120, N119, N118, N117, N116, N115, N114, N113, N112, N111, N110, N109, N108, N107, N106, N105, N104, N103, N102, N101, N100, N99, N98, N97, N96, N95, N94, N93, N92, N91, N90, N89, N88, N87, N86, N85, N84, N83, N82, N81, N80, N79, N78, N77, N76, N75, N74, N73, N72, N71, N70, N69, N68, N67, N66, N65, N64, N63, N62, N61, N60, N59, N58, N57, N56, N55, N54, N53, N52, N51, N50, N49, N48, N47, N46, N45, N44, N43, N42, N41, N40, N39, N38, N37, N36, N35, N34, N33, N32, N31, N30, N29, N28, N27, N26, N25, N24, N23, N22, N21, N20, N19, N18, N17, N16, N15, N14, N13, N12, N11, N10, N9, N8, N7, N6, N5, N4, N3 } = (N0)? { 1'b0, 1'b0, 1'b0, 1'b0, 1'b0, 1'b0, 1'b0, 1'b0, 1'b0, 1'b0, 1'b0, 1'b0, 1'b0, 1'b0, 1'b0, 1'b0, 1'b0, 1'b0, 1'b0, 1'b0, 1'b0, 1'b0, 1'b0, 1'b0, 1'b0, 1'b0, 1'b0, 1'b0, 1'b0, 1'b0, 1'b0, 1'b0, 1'b0, 1'b0, 1'b0, 1'b0, 1'b0, 1'b0, 1'b0, 1'b0, 1'b0, 1'b0, 1'b0, 1'b0, 1'b0, 1'b0, 1'b0, 1'b0, 1'b0, 1'b0, 1'b0, 1'b0, 1'b0, 1'b0, 1'b0, 1'b0, 1'b0, 1'b0, 1'b0, 1'b0, 1'b0, 1'b0, 1'b0, 1'b0, 1'b0, 1'b0, 1'b0, 1'b0, 1'b0, 1'b0, 1'b0, 1'b0, 1'b0, 1'b0, 1'b0, 1'b0, 1'b0, 1'b0, 1'b0, 1'b0, 1'b0, 1'b0, 1'b0, 1'b0, 1'b0, 1'b0, 1'b0, 1'b0, 1'b0, 1'b0, 1'b0, 1'b0, 1'b0, 1'b0, 1'b0, 1'b0, 1'b0, 1'b0, 1'b0, 1'b0, 1'b0, 1'b0, 1'b0, 1'b0, 1'b0, 1'b0, 1'b0, 1'b0, 1'b0, 1'b0, 1'b0, 1'b0, 1'b0, 1'b0, 1'b0, 1'b0, 1'b0, 1'b0, 1'b0, 1'b0, 1'b0, 1'b0, 1'b0, 1'b0, 1'b0, 1'b0, 1'b0, 1'b0, 1'b0, 1'b0, 1'b0, 1'b0, 1'b0, 1'b0, 1'b0, 1'b0, 1'b0, 1'b0, 1'b0, 1'b0, 1'b0, 1'b0, 1'b0, 1'b0, 1'b0, 1'b0, 1'b0, 1'b0, 1'b0, 1'b0, 1'b0, 1'b0, 1'b0, 1'b0, 1'b0, 1'b0, 1'b0, 1'b0, 1'b0, 1'b0, 1'b0, 1'b0, 1'b0, 1'b0 } : 
                                                                                                                                                                                                                                                                                                                                                                                                                                                                                                                                                                                                                                                                                                                                                                                                                                                                                                                              (N1)? { shift_r_0__81_, shift_r_0__80_, shift_r_0__79_, shift_r_0__78_, shift_r_0__77_, shift_r_0__76_, shift_r_0__75_, shift_r_0__74_, shift_r_0__73_, shift_r_0__72_, shift_r_0__71_, shift_r_0__70_, shift_r_0__69_, shift_r_0__68_, shift_r_0__67_, shift_r_0__66_, shift_r_0__65_, shift_r_0__64_, shift_r_0__63_, shift_r_0__62_, shift_r_0__61_, shift_r_0__60_, shift_r_0__59_, shift_r_0__58_, shift_r_0__57_, shift_r_0__56_, shift_r_0__55_, shift_r_0__54_, shift_r_0__53_, shift_r_0__52_, shift_r_0__51_, shift_r_0__50_, shift_r_0__49_, shift_r_0__48_, shift_r_0__47_, shift_r_0__46_, shift_r_0__45_, shift_r_0__44_, shift_r_0__43_, shift_r_0__42_, shift_r_0__41_, shift_r_0__40_, shift_r_0__39_, shift_r_0__38_, shift_r_0__37_, shift_r_0__36_, shift_r_0__35_, shift_r_0__34_, shift_r_0__33_, shift_r_0__32_, shift_r_0__31_, shift_r_0__30_, shift_r_0__29_, shift_r_0__28_, shift_r_0__27_, shift_r_0__26_, shift_r_0__25_, shift_r_0__24_, shift_r_0__23_, shift_r_0__22_, shift_r_0__21_, shift_r_0__20_, shift_r_0__19_, shift_r_0__18_, shift_r_0__17_, shift_r_0__16_, shift_r_0__15_, shift_r_0__14_, shift_r_0__13_, shift_r_0__12_, shift_r_0__11_, shift_r_0__10_, shift_r_0__9_, shift_r_0__8_, shift_r_0__7_, shift_r_0__6_, shift_r_0__5_, shift_r_0__4_, shift_r_0__3_, shift_r_0__2_, shift_r_0__1_, shift_r_0__0_, valid_i, data_i } : 1'b0;
  assign N0 = reset_i;
  assign N1 = N2;
  assign N2 = ~reset_i;

endmodule